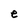
Character: e